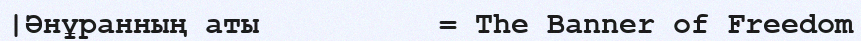
|Әнұранның аты          = The Banner of Freedom